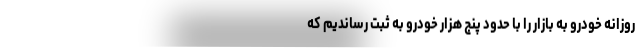
روزانه خودرو به بازار را با حدود پنج هزار خودرو به ثبت رساندیم که